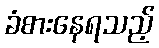
ခံစားနေရသည့်